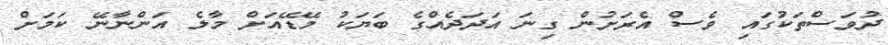
ދުވަސްތަކުގައި ވެސް އެރަށުން ގިނަ އަދަދެއްގެ ބަޔަކު މޭޑޭއަށް މާލެ އަންނާނޭ ކަމަށް